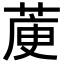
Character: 𦳅